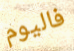
فاليوم